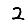
Digit: 2